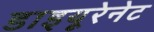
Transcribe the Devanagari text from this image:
डाइयूरेनेट